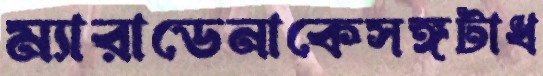
ম্যারাডেনাকেসঙ্গটাধ